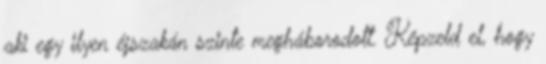
aki egy ilyen éjszakán szinte megháborodott. Képzeld el, hogy